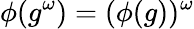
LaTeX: \phi(g^{\omega})=(\phi(g))^{\omega}